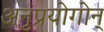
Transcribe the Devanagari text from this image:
अनुप्रयोगोन्